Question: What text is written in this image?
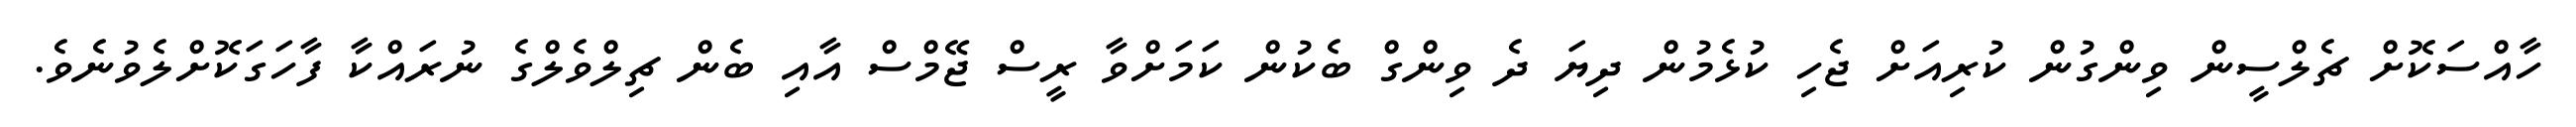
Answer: ހާއްސަކޮށް ޗެލްސީން ވިންގުން ކުރިއަށް ޖެހި ކުޅެމުން ދިޔަ ދެ ވިންގް ބެކުން ކަމަށްވާ ރީސް ޖޭމްސް އާއި ބެން ޗިލްވެލްގެ ނުރައްކާ ފާހަގަކޮށްލެވުނެވެ.